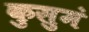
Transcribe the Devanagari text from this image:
कुसुमं